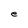
Character: e